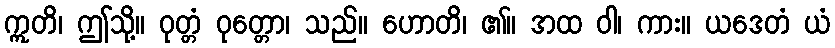
ဣတိ၊ ဤသို့။ ဝုတ္တံ ဝုတ္တော၊ သည်။ ဟောတိ၊ ၏။ အထ ဝါ၊ ကား။ ယဒေတံ ယံ